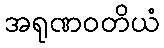
အရုဏဝတိယံ